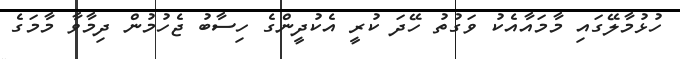
ހުޅުމާލޭގައި މާމައާއެކު ވަގުތު ހޭދަ ކުރީ އެކުދީންގެ ހިސާބު ޖެހުމުން ދިމާވާ މާމަގެ